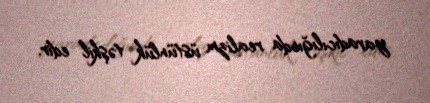
yaradıcılığında realizm üstünlük təşkil edir.